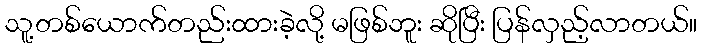
သူ့တစ်ယောက်တည်းထားခဲ့လို့ မဖြစ်ဘူး ဆိုပြီး ပြန်လှည့်လာတယ်။